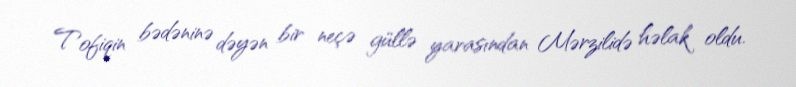
Tofiqin bədəninə dəyən bir neçə güllə yarasından Mərzilidə həlak oldu.